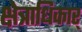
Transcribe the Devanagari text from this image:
क्षेत्राधिकार्